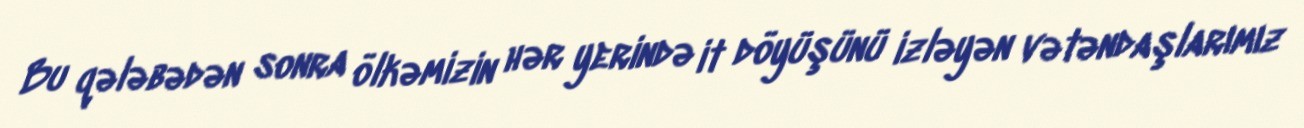
Bu qələbədən sonra ölkəmizin hər yerində it döyüşünü izləyən vətəndaşlarımız